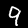
Label: 9